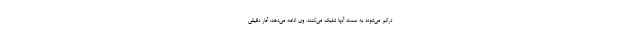
درگیر می‌شوند به سمت آنها شلیک می‌کنند. وی ادامه می‌دهد: آمار دقیقی